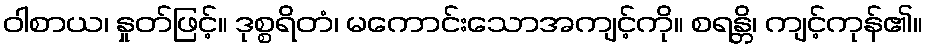
ဝါစာယ၊ နှုတ်ဖြင့်။ ဒုစ္စရိတံ၊ မကောင်းသောအကျင့်ကို။ စရန္တိ၊ ကျင့်ကုန်၏။